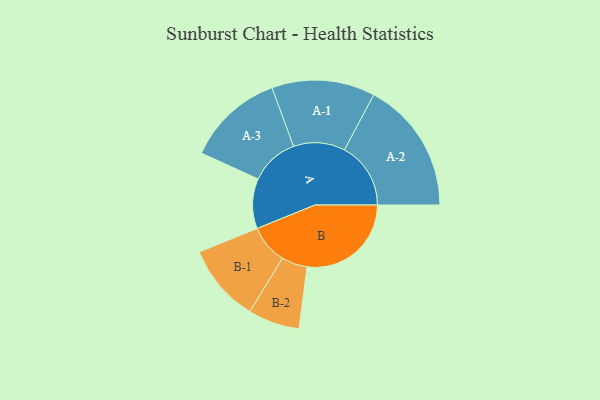
{"axis": {"x": "Segment", "y": "Value"}, "legend": ["", "A", "B"], "data": [{"x": "A", "y": 207, "type": ""}, {"x": "B", "y": 432, "type": ""}, {"x": "A-1", "y": 214, "type": "A"}, {"x": "A-2", "y": 275, "type": "A"}, {"x": "A-3", "y": 201, "type": "A"}, {"x": "B-1", "y": 162, "type": "B"}, {"x": "B-2", "y": 107, "type": "B"}]}